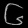
Digit: ၆